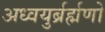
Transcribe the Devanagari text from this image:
अध्वयुर्ब्रर्ह्मणो